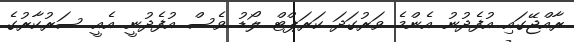
ރާއްޖޭގައި އުފެދުނު އެންމެ ވަރުގަދަ ކަރަޕްޓް ލޯޑު ވެސް އުފެދުނީ އެއީ ސަރުކާރުގެ